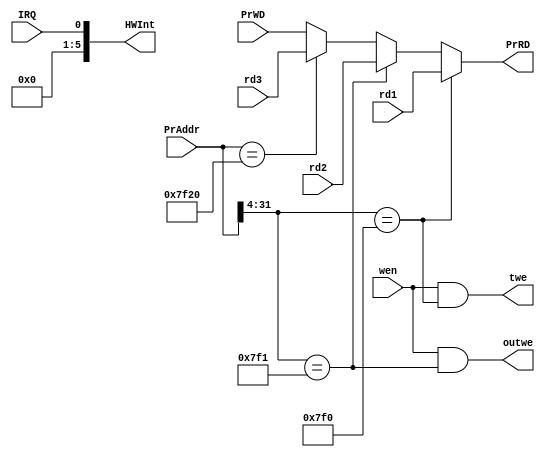
module bridge(
    input [31:0]PrAddr,
    input [31:0]PrWD,
    output [31:0]PrRD,
    input [31:0]rd1,
    input [31:0]rd2,
    input [31:0]rd3,
    input IRQ,
    output [5:0]HWInt,
    input wen,
    output outwe,
    output twe);
    wire HitDEV_timer,HitDEV_output,HitDEV_input;
assign HWInt={5'b0,IRQ};
assign twe = wen&&(PrAddr[31:4] == 'h00007F0) ;
assign HitDEV_timer = (PrAddr[31:4] == 'h00007F0) ;
assign outwe = wen&&(PrAddr[31:4] == 'h00007F1) ;
assign HitDEV_output = (PrAddr[31:4] == 'h00007F1) ;
assign HitDEV_input = (PrAddr == 'h00007F20) ;

//0:COUNTER 1:OUTPUT 2:INPUT
assign PrRD = (HitDEV_timer)?rd1:(HitDEV_output)?rd2:(HitDEV_input)?rd3:PrWD;
endmodule